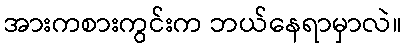
အားကစားကွင်းက ဘယ်နေရာမှာလဲ။